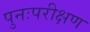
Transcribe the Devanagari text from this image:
पुनःपरीक्षण